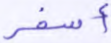
أسفر